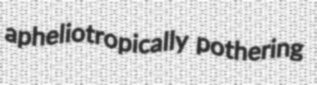
apheliotropically pothering